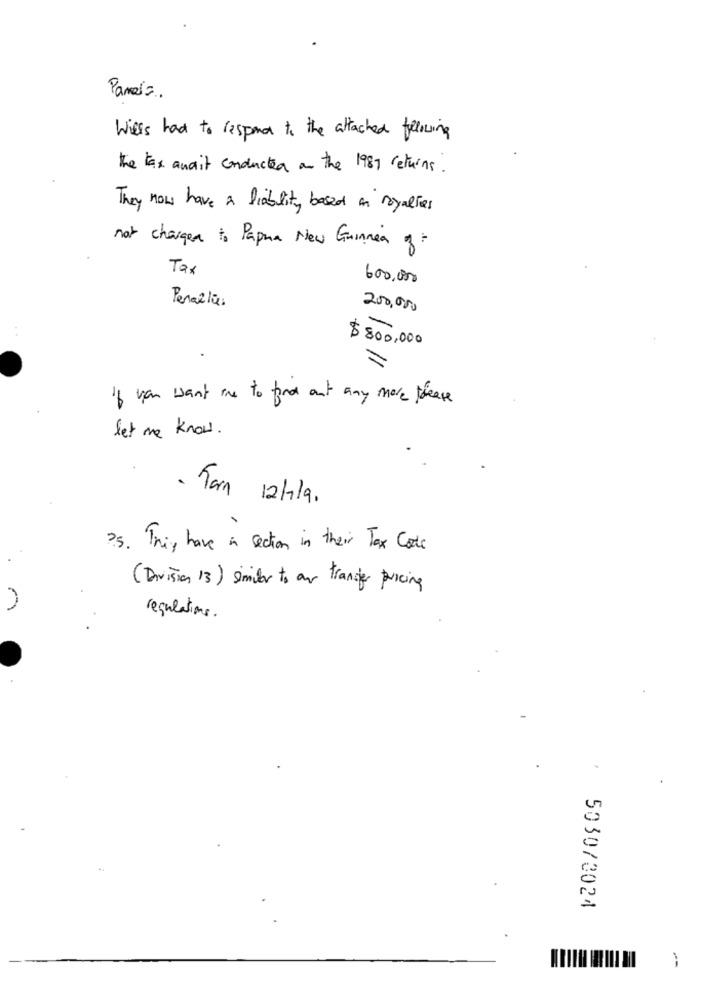
Pamela.
Wiels had to respond to the attached following
the tax await conducted on the 1987 returns.
They now have a liability based on royalties
not chargea to Papua New Guinea of
Tax
600.000
Penali:
200,000
$ 800,000
If you want one to find out any more please
let me know.
- Tarn 12/1/9.
25. They have in section in their Tax Code
(Division 13) smiler to an transfer pricing
regulations.
5030/3024